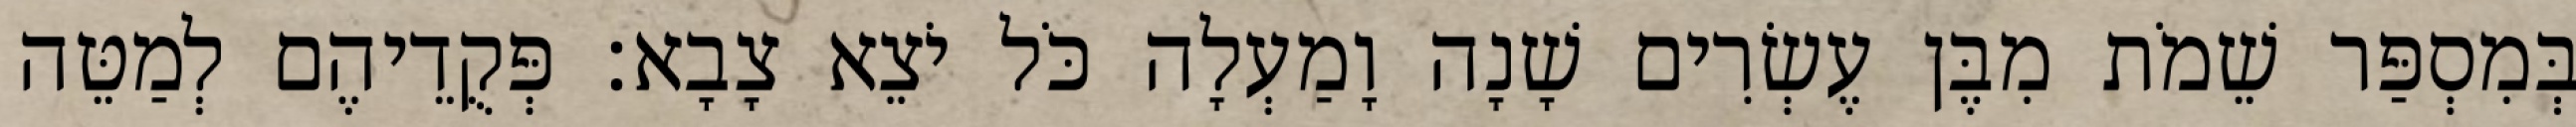
בְּמִסְפַּר שֵׁמֹת מִבֶּן עֶשְׂרִים שָׁנָה וָמַעְלָה כֹּל יֹצֵא צָבָא׃ פְּקֻדֵיהֶם לְמַטֵּה